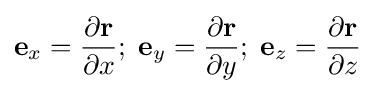
\mathbf {e} _{x}={\dfrac {\partial \mathbf {r} }{\partial x}};\;\mathbf {e} _{y}={\dfrac {\partial \mathbf {r} }{\partial y}};\;\mathbf {e} _{z}={\dfrac {\partial \mathbf {r} }{\partial z}}